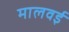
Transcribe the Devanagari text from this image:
मालवई